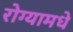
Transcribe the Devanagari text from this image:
रोग्यामधे